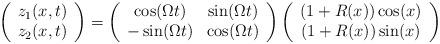
LaTeX: \begin{align*}\left(\begin{array}{c}z_1(x,t) \\z_2(x,t)\end{array}\right)= \left(\begin{array}{cc}\cos(\Omega t) & \sin(\Omega t) \\-\sin(\Omega t) & \cos(\Omega t)\end{array}\right)\left(\begin{array}{c}(1 + R(x))\cos(x) \\(1 + R(x))\sin(x)\end{array}\right)\end{align*}